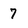
Character: 7